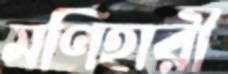
মণিহারী